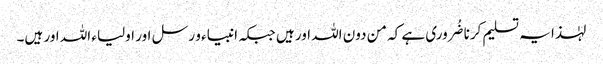
لہٰذا یہ تسلیم کرنا ضُروری ہے کہ من دون اللہ اور ہیں جبکہ انبیاء و رسل اور اولیاء اللہ اور ہیں۔